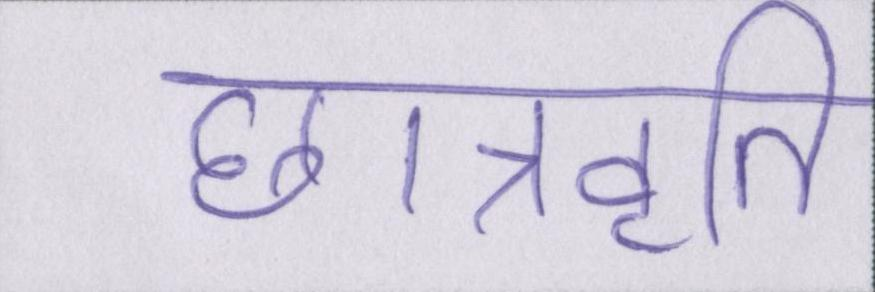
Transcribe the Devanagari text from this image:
छात्रवृति